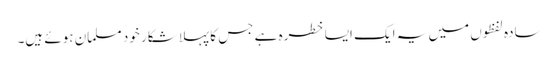
سادہ لفظوں میں یہ ایک ایسا خطرہ ہے جس کا پہلا شکار خود مسلمان ہوئے ہیں۔